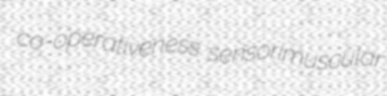
co-operativeness sensorimuscular